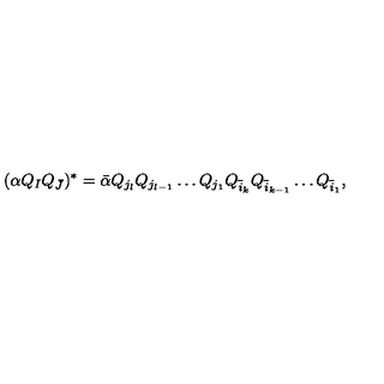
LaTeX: ( \alpha Q _ { I } Q _ { \bar { J } } ) ^ { * } = { \bar { \alpha } } Q _ { j _ { l } } Q _ { j _ { l - 1 } } \ldots Q _ { j _ { 1 } } Q _ { { \overline { i } _ { k } } } Q _ { { \overline { i } _ { k - 1 } } } \ldots Q _ { { \overline { i } _ { 1 } } } ,